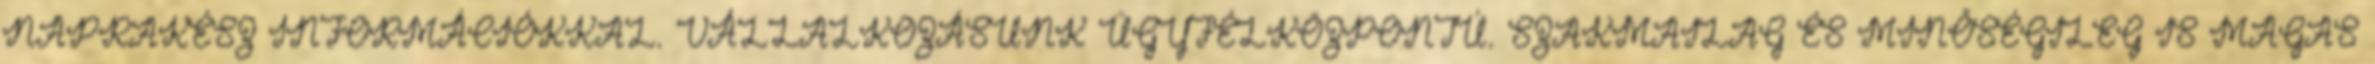
NAPRAKÉSZ INFORMÁCIÓKKAL. VÁLLALKOZÁSUNK ÜGYFÉLKÖZPONTÚ. SZAKMAILAG ÉS MINŐSÉGILEG IS MAGAS